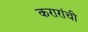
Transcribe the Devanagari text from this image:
करारांची